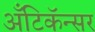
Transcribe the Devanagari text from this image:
अँटिकॅन्सर